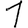
Digit: 1